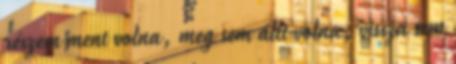
részem ment volna, meg sem állt volna, vissza sem